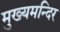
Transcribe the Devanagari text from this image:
मुख्यमन्दिर